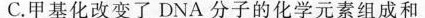
C.甲基化改变了DNA分子的化学元素组成和